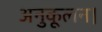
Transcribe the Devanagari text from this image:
अनुकूलन।